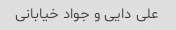
علی دایی و جواد خیابانی